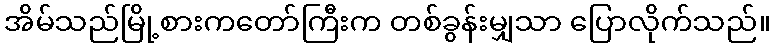
အိမ်သည်မြို့စားကတော်ကြီးက တစ်ခွန်းမျှသာ ပြောလိုက်သည်။